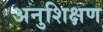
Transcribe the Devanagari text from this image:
अनुशिक्षण